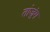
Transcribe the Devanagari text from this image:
तांजुंग